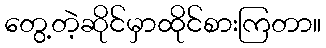
တွေ့တဲ့ဆိုင်မှာထိုင်စားကြတာ။